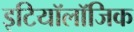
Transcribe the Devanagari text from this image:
इटियॉलॉजिक